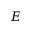
E